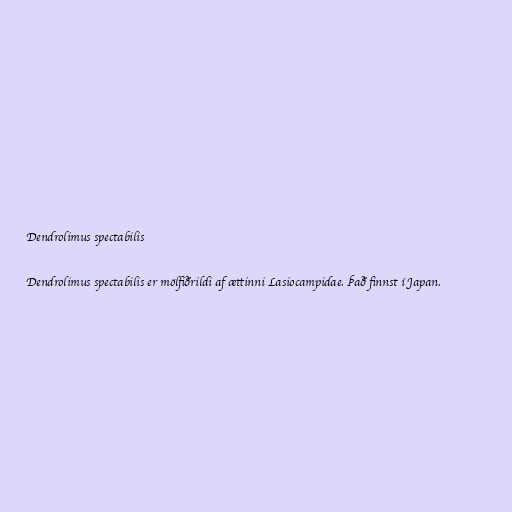
Dendrolimus spectabilis

Dendrolimus spectabilis er mölfiðrildi af ættinni Lasiocampidae. Það finnst í Japan.